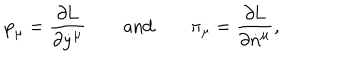
\mathrm { p } _ { \mu } = \frac { \partial \mathrm { L } } { \partial \dot { y } ^ { \mu } } \qquad \mathrm { a n d } \qquad \pi _ { \mu } = \frac { \partial \mathrm { L } } { \partial \dot { n } ^ { \mu } } ,